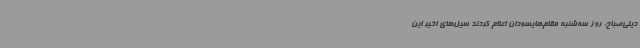
دیلی‌صباح، روز سه‌شنبه مقام‌هایسودان اعلام کردند سیل‌های اخیر این